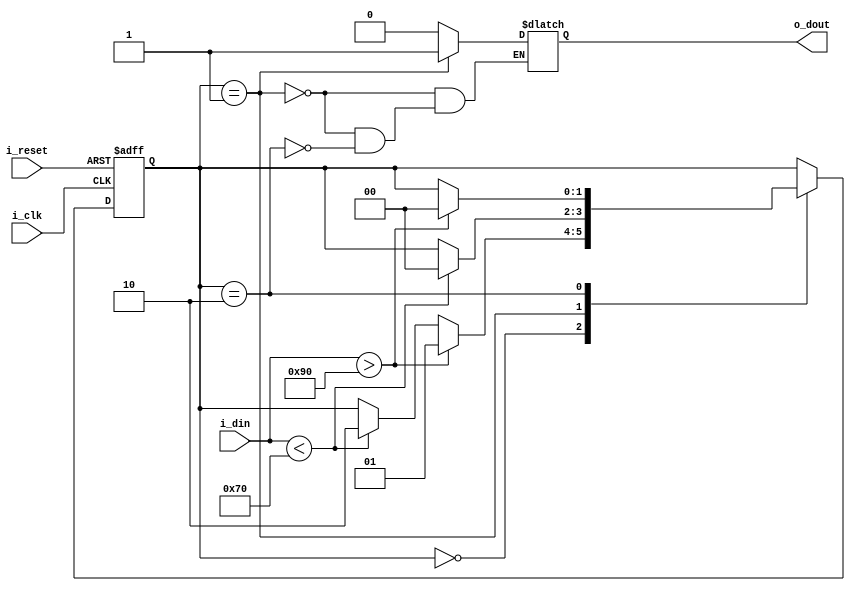
module schmitt_trigger_buffer (
    input wire i_clk,
    input wire i_reset,
    input wire i_din,
    output reg o_dout
);

reg [1:0] state;

parameter THRESHOLD = 8'h80;
parameter HYSTERESIS = 8'h10;

always @(posedge i_clk or posedge i_reset) begin
    if (i_reset) begin
        state <= 2'b00;
    end else begin
        case (state)
            2'b00: begin
                if (i_din > THRESHOLD + HYSTERESIS) begin
                    state <= 2'b01;
                end else if (i_din < THRESHOLD - HYSTERESIS) begin
                    state <= 2'b10;
                end
            end
            2'b01: begin
                if (i_din < THRESHOLD - HYSTERESIS) begin
                    state <= 2'b00;
                end
            end
            2'b10: begin
                if (i_din > THRESHOLD + HYSTERESIS) begin
                    state <= 2'b00;
                end
            end
        endcase
    end
end

always @(*) begin
    if (state == 2'b01) begin
        o_dout = 1'b1;
    end else if (state == 2'b10) begin
        o_dout = 1'b0;
    end else begin
        o_dout = o_dout;
    end
end

endmodule